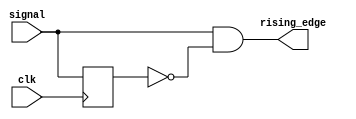
`timescale 1ns / 1ps
//////////////////////////////////////////////////////////////////////////////////
// Company: 
// Engineer: 
// 
// Design Name: 
// Module Name: rising_edge_detector_module
// Project Name: 
// Target Devices: 
// Tool Versions: 
// Description: 
// 
// Dependencies: 
// 
// Revision:
// Revision 0.01 - File Created
// Additional Comments:
// 
//////////////////////////////////////////////////////////////////////////////////


module rising_edge_detector_module(
    input signal,
    input clk,
    output rising_edge
    );

reg signal_delay;

always @ (posedge clk)
begin
    signal_delay <= signal;
end    

assign rising_edge = signal & ~signal_delay;

endmodule